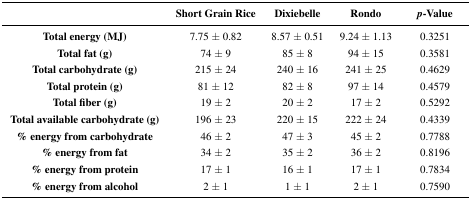
<table><thead><tr><td>[EMPTY_CELL]</td><td><b>Short Grain Rice</b></td><td><b>Dixiebelle</b></td><td><b>Rondo</b></td><td><b><i>p</i>-Value</b></td></tr></thead><tbody><tr><td><b>Total energy (MJ)</b></td><td>7.75 ± 0.82</td><td>8.57 ± 0.51</td><td>9.24 ± 1.13</td><td>0.3251</td></tr><tr><td><b>Total fat (g)</b></td><td>74 ± 9</td><td>85 ± 8</td><td>94 ± 15</td><td>0.3581</td></tr><tr><td><b>Total carbohydrate (g)</b></td><td>215 ± 24</td><td>240 ± 16</td><td>241 ± 25</td><td>0.4629</td></tr><tr><td><b>Total protein (g)</b></td><td>81 ± 12</td><td>82 ± 8</td><td>97 ± 14</td><td>0.4579</td></tr><tr><td><b>Total fiber (g)</b></td><td>19 ± 2</td><td>20 ± 2</td><td>17 ± 2</td><td>0.5292</td></tr><tr><td><b>Total available carbohydrate (g)</b></td><td>196 ± 23</td><td>220 ± 15</td><td>222 ± 24</td><td>0.4339</td></tr><tr><td><b>% energy from carbohydrate</b></td><td>46 ± 2</td><td>47 ± 3</td><td>45 ± 2</td><td>0.7788</td></tr><tr><td><b>% energy from fat</b></td><td>34 ± 2</td><td>35 ± 2</td><td>36 ± 2</td><td>0.8196</td></tr><tr><td><b>% energy from protein</b></td><td>17 ± 1</td><td>16 ± 1</td><td>17 ± 1</td><td>0.7834</td></tr><tr><td><b>% energy from alcohol</b></td><td>2 ± 1</td><td>1 ± 1</td><td>2 ± 1</td><td>0.7590</td></tr></tbody></table>